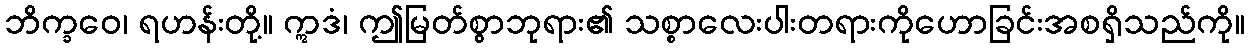
ဘိက္ခဝေ၊ ရဟန်းတို့။ ဣဒံ၊ ဤမြတ်စွာဘုရား၏ သစ္စာလေးပါးတရားကိုဟောခြင်းအစရှိသည်ကို။